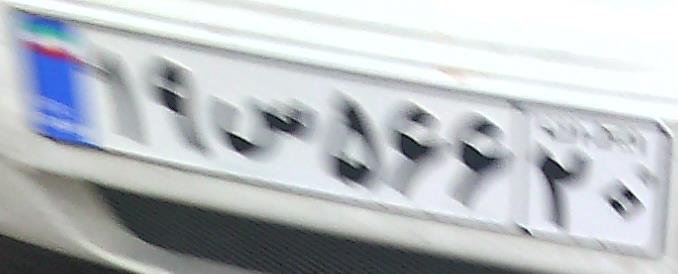
۱۹س۵۶۶۲۰